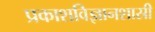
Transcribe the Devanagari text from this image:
प्रकाशविज्ञानशास्री